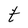
Character: t